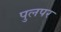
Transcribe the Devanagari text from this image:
पुलपर